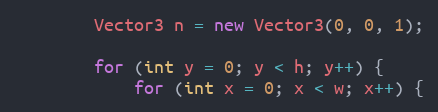
Language: Java
        Vector3 n = new Vector3(0, 0, 1);

        for (int y = 0; y < h; y++) {
            for (int x = 0; x < w; x++) {